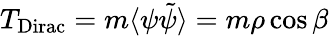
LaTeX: T_{\mathrm{Dirac}}=m\langle\psi\tilde{\psi}\rangle=m\rho\cos\beta